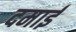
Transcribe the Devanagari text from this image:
दमाई